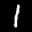
Label: 1